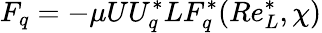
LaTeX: F_{q}=-\mu UU_{q}^{*}LF_{q}^{*}(Re_{L}^{*},\chi)